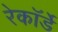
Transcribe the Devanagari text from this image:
रेकॉर्डे